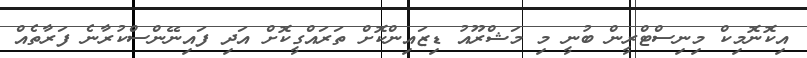
އިކޮނޮމިކް މިނިސްޓްރީން ބުނީ މި މަޝްރޫއު ޑިޒައިންކޮށް ތަރައްގީކޮށް އަދި ފައިނޭންސްކުރާނެ ފަރާތެއް